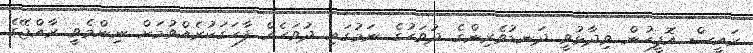
ރައީސް އޮފީހުން ވިދާޅުވީ ދަނޑުވެރިންގެ ދުވަހުގެ ނަމުގައި ދުވަހެއް ފާހަގަކުރެއްވުމަށް ނިންމެވީ ރާއްޖޭގެ